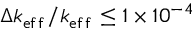
\boldsymbol { \Delta k _ { \mathrm { e f f } } / k _ { \mathrm { e f f } } \le 1 \times 1 0 ^ { - 4 } }